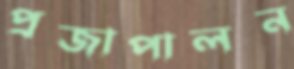
প্রজাপালন